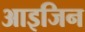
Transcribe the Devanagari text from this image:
आइजिन